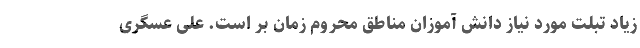
زیاد تبلت مورد نیاز دانش آموزان مناطق محروم زمان بر است. علی عسگری